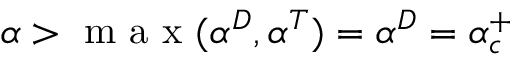
\alpha > \mathrm { ~ m ~ a ~ x ~ } ( \alpha ^ { D } , \alpha ^ { T } ) = \alpha ^ { D } = \alpha _ { c } ^ { + }